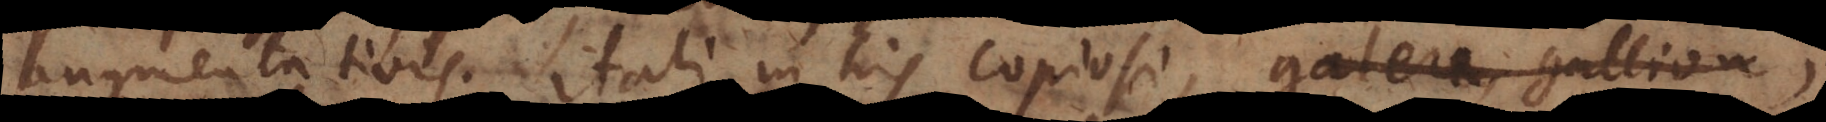
augmentativis. Itali in his copiosi, galera, gallion,